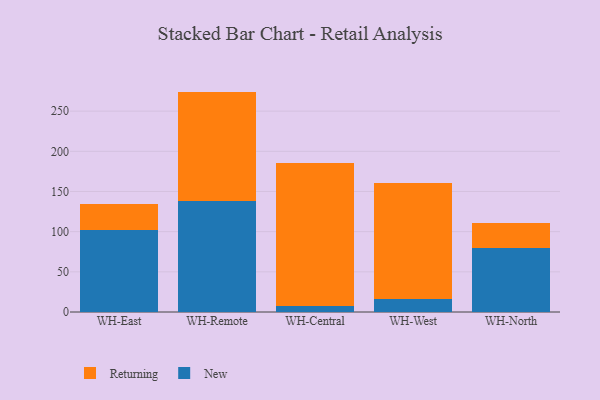
{"axis": {"x": "Warehouse", "y": "Humidity (%)"}, "legend": ["New", "Returning"], "data": [{"x": "WH-East", "y": 102.6, "type": "New"}, {"x": "WH-East", "y": 31.7, "type": "Returning"}, {"x": "WH-Remote", "y": 137.8, "type": "New"}, {"x": "WH-Remote", "y": 136.5, "type": "Returning"}, {"x": "WH-Central", "y": 7.7, "type": "New"}, {"x": "WH-Central", "y": 178.2, "type": "Returning"}, {"x": "WH-West", "y": 16.7, "type": "New"}, {"x": "WH-West", "y": 144.0, "type": "Returning"}, {"x": "WH-North", "y": 79.1, "type": "New"}, {"x": "WH-North", "y": 31.1, "type": "Returning"}]}